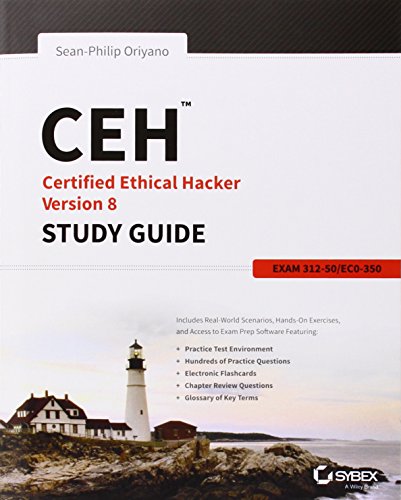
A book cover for CEH: Certified Ethical Hacker Version 8 Study Guide; Sean-Philip Oriyano; Computers & Technology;